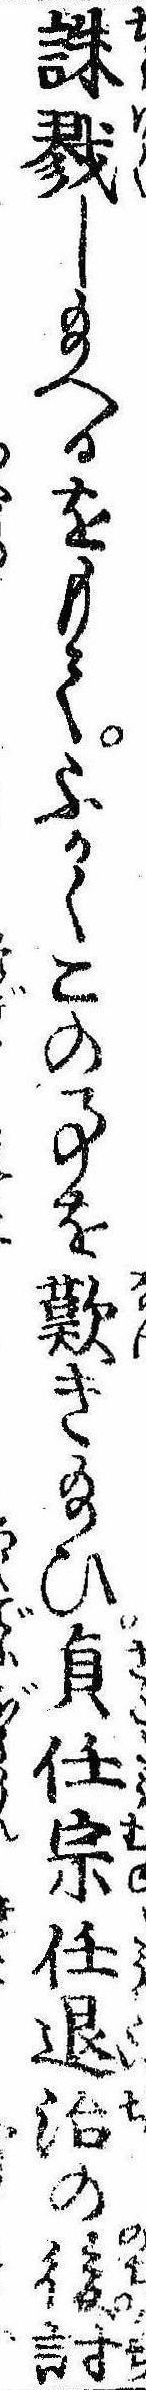
誅戮し給へるをもてふかくこの事を歎き給ひ貞任宗任退治の後討